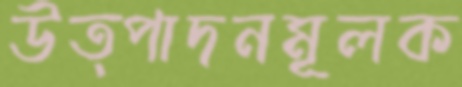
উত্পাদনমূলক